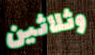
وثلاثين